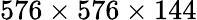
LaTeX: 576\times 576\times 144